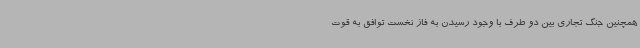
همچنین جنگ تجاری بین دو طرف با وجود رسیدن به فاز نخست توافق به قوت